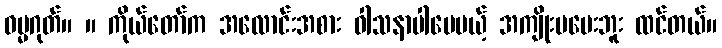
ဓမ္မဂုတ်။ ။ ကိုယ်တော်က အလောင်းအစား ဝါသနာပါပေမယ့် အကျိုးမပေးဘူး ထင်တယ်။